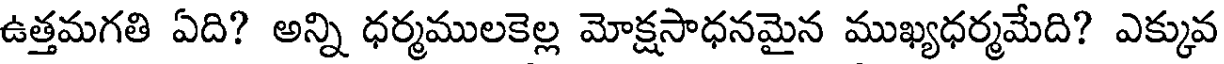
ఉత్తమగతి ఏది? అన్ని ధర్మములకెల్ల మోక్షసాధనమైన ముఖ్యధర్మమేది? ఎక్కువ